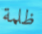
ظلمة